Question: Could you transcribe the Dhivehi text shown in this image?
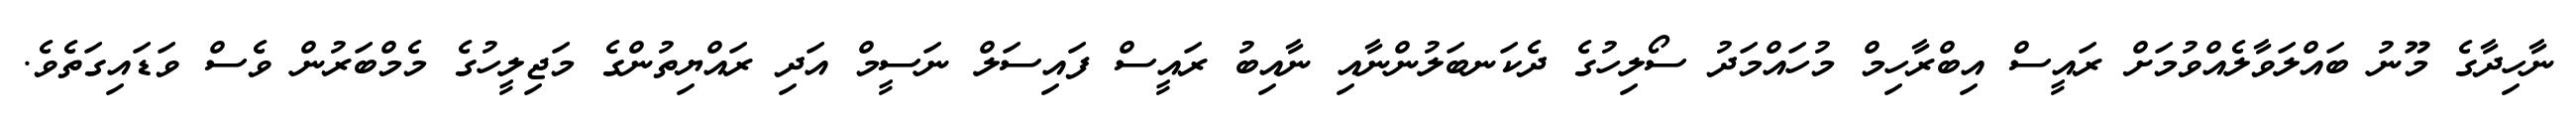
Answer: ނާހިދާގެ މޫނު ބައްލަވާލެއްވުމަށް ރައީސް އިބްރާހިމް މުހައްމަދު ސޯލިހުގެ ދެކަނބަލުންނާއި ނާއިބު ރައީސް ފައިސަލް ނަސީމް އަދި ރައްޔިތުންގެ މަޖިލީހުގެ މެމްބަރުން ވެސް ވަޑައިގަތެވެ.